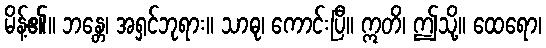
မိန့်၏။ ဘန္တေ၊ အရှင်ဘုရား။ သာဓု၊ ကောင်းပြီ။ ဣတိ၊ ဤသို့။ ထေရော၊